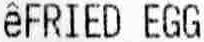
EFRIED EGG